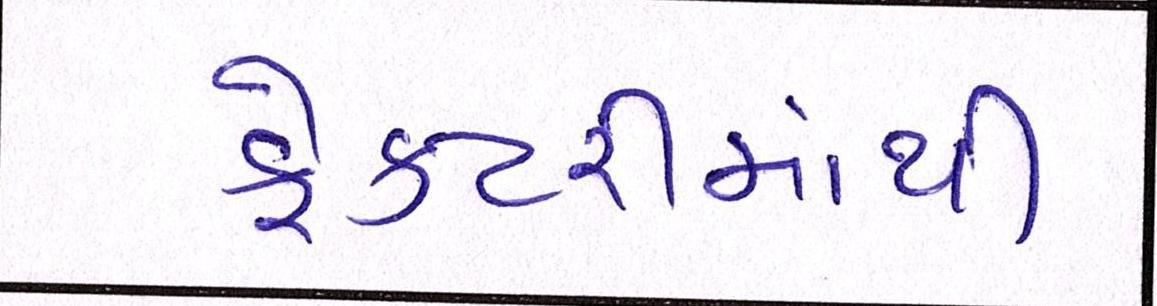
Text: ફેકટરીમાંથી